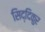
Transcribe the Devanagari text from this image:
सिद्दिकुर